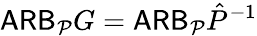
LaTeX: \mathsf{ARB}_{\mathcal P}G=\mathsf{ARB}_{\mathcal P}\hat{P}^{-1}